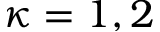
\kappa = 1 , 2